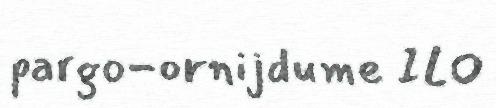
pargo-ornijdume ILO